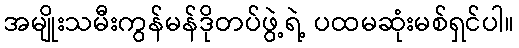
အမျိုးသမီးကွန်မန်ဒိုတပ်ဖွဲ့ရဲ့ ပထမဆုံးမစ်ရှင်ပါ။